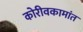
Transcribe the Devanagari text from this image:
कोरीवकामांत